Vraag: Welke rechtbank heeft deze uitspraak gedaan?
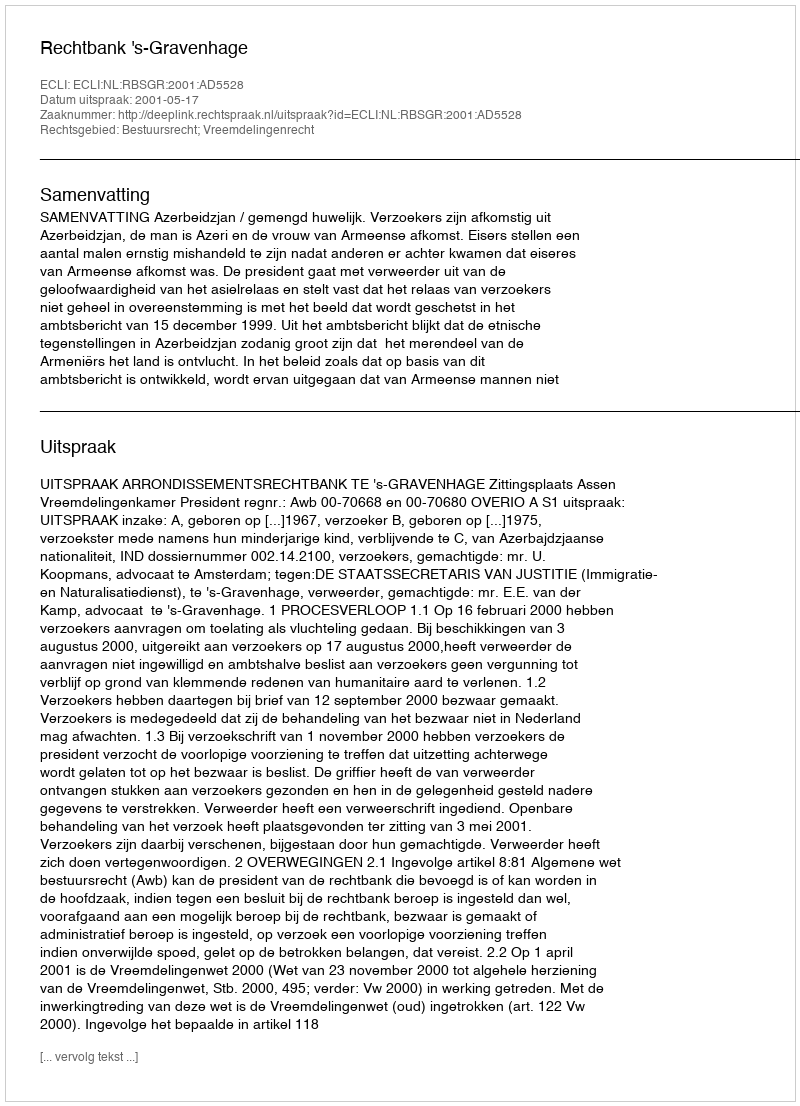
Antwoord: Rechtbank 's-Gravenhage